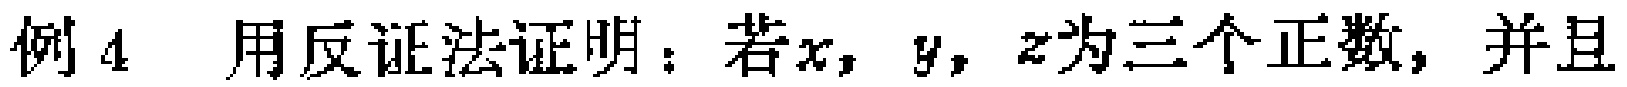
例 4 用反证法证明：若\(x,y,z\)为三个正数，并且